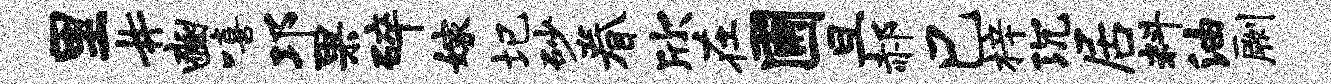
里#豳嘻邛果碎嫁圮砂眷欣在圃旦郝巳梓沉居料油劂